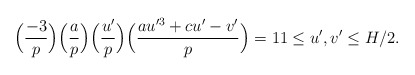
\begin{align*} \Bigl( \frac{-3}{p} \Bigr) \Bigl( \frac{a}{p} \Bigr) \Bigl( \frac{u'}{p} \Bigr) \Bigl( \frac{a u'^3 + c u' - v'}{p} \Bigr) = 1 1 \le u', v' \le H/2.\end{align*}